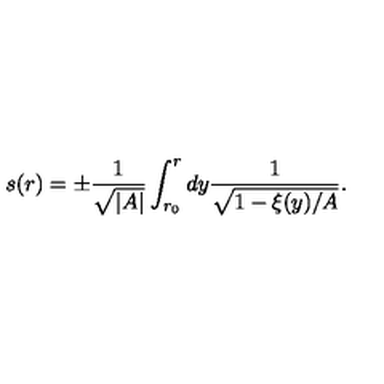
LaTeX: s ( r ) = \pm \frac { 1 } { \sqrt { \vert A \vert } } \int _ { r _ { 0 } } ^ { r } d y \frac { 1 } { \sqrt { 1 - \xi ( y ) / A } } .